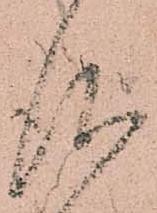
仰